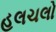
હલચલો